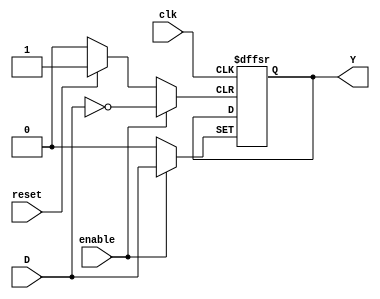
module FF_D(input wire clk, reset, enable, D, output reg Y) ;
  always @(posedge clk or posedge enable or posedge reset) begin
    if (reset)  Y <= 1'b0;
    else if(enable) Y <= D;
  end
endmodule

module FF_JK(input wire clock, reset, enable, J, K, output wire Q);
  wire c1, c2;

  FF_D G1(clock, reset, enable, QF, Q);

  and U1(c1, ~Q, J);
  and U2(c2, Q, ~K);
  or U3(QF, w1, w2);

endmodule